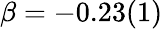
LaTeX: \beta=-0.23(1)